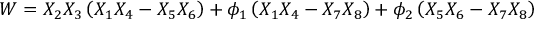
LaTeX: W = X _ { 2 } X _ { 3 } \left( X _ { 1 } X _ { 4 } - X _ { 5 } X _ { 6 } \right) + \phi _ { 1 } \left( X _ { 1 } X _ { 4 } - X _ { 7 } X _ { 8 } \right) + \phi _ { 2 } \left( X _ { 5 } X _ { 6 } - X _ { 7 } X _ { 8 } \right)